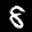
Digit: 8